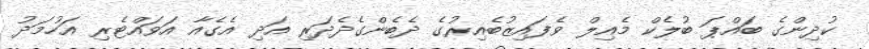
ކުދިންގެ ބައްޕަ ބުލެކް މެއިލް ވެފައިޒުބެއިރުގެ ދެބެންގެދެދަރި އަދި އެގެއާ އަވައްޓެރި އަހުމަދު